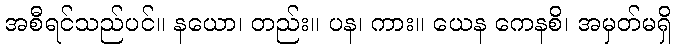
အစီရင်သည်ပင်။ နယော၊ တည်း။ ပန၊ ကား။ ယေန ကေနစိ၊ အမှတ်မရှိ